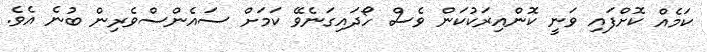
ކަމެއް ކޮށްފައި ވަނީ ކޮންއިރަކުކަން ވެސް ހޯދައިގަނެވޭ ކަމަށް ސައެންސްވެރިން ބުނެ އެވެ.